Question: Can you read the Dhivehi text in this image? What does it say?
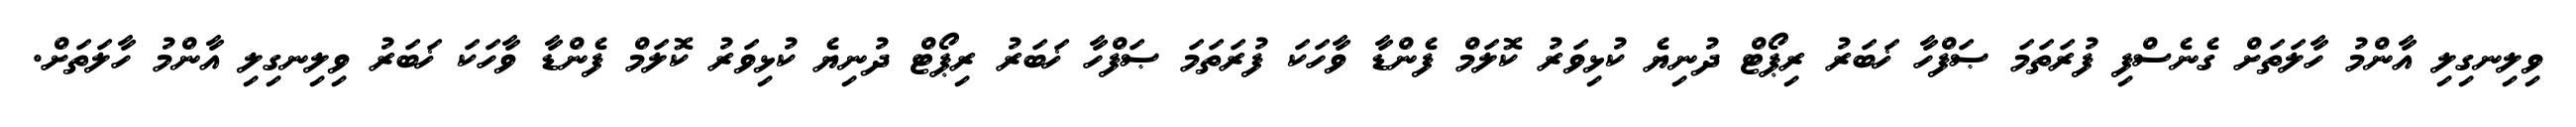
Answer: ވިލިނގިލި އާންމު ހާލަތަށް ގެނެސްފި ފުރަތަމަ ޞަފްހާ ޚަބަރު ރިޕޯޓް ދުނިޔެ ކުޅިވަރު ކޮލަމް ފެންޑާ ވާހަކަ ފުރަތަމަ ޞަފްހާ ޚަބަރު ރިޕޯޓް ދުނިޔެ ކުޅިވަރު ކޮލަމް ފެންޑާ ވާހަކަ ޚަބަރު ވިލިނގިލި އާންމު ހާލަތަށް.